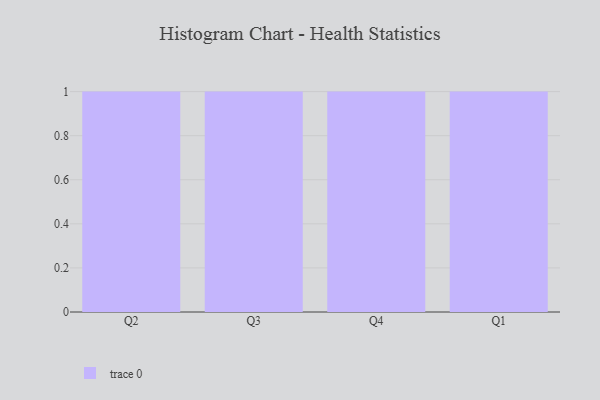
{"axis": {"x": "Quarter", "y": "Waste Production (Tons)"}, "legend": [""], "data": [{"x": "Q2", "y": 73, "type": ""}, {"x": "Q3", "y": 29, "type": ""}, {"x": "Q4", "y": 72, "type": ""}, {"x": "Q1", "y": 100, "type": ""}]}